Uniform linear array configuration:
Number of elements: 48
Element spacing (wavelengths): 0.25
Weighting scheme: binomial
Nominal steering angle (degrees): -15
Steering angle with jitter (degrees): -15.558
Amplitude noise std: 0.05
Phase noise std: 0.05

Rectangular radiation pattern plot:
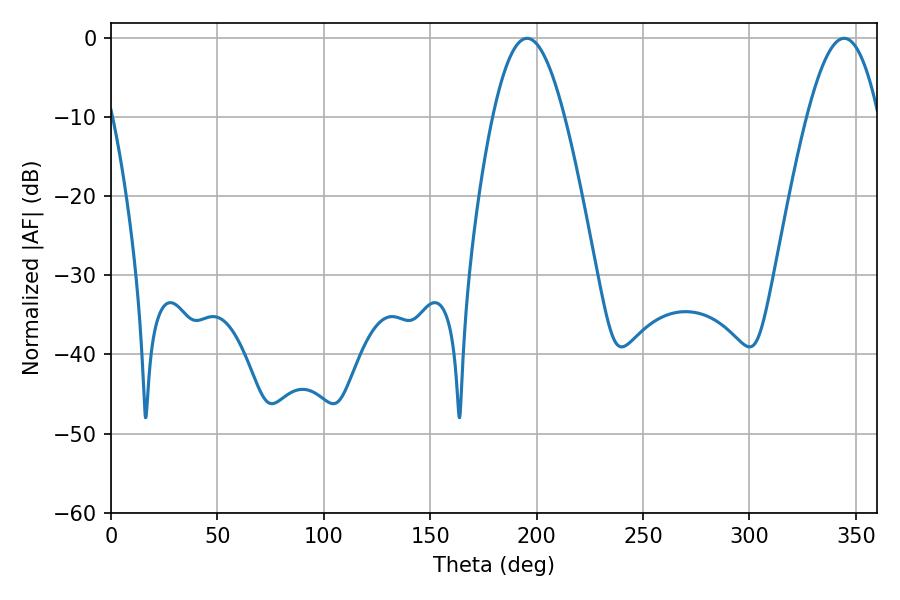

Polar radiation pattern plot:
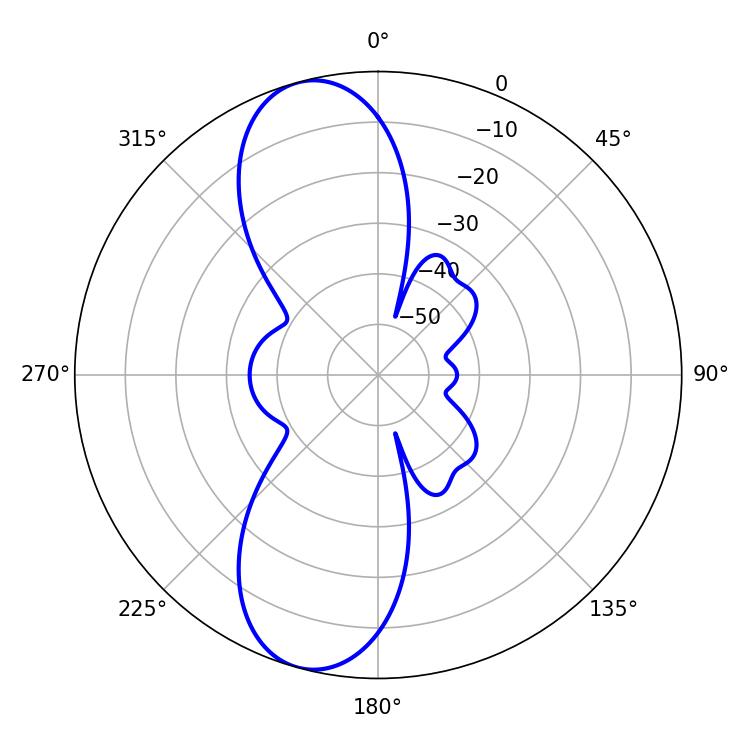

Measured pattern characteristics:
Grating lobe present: FALSE
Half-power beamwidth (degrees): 18.18
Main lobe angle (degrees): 344.52